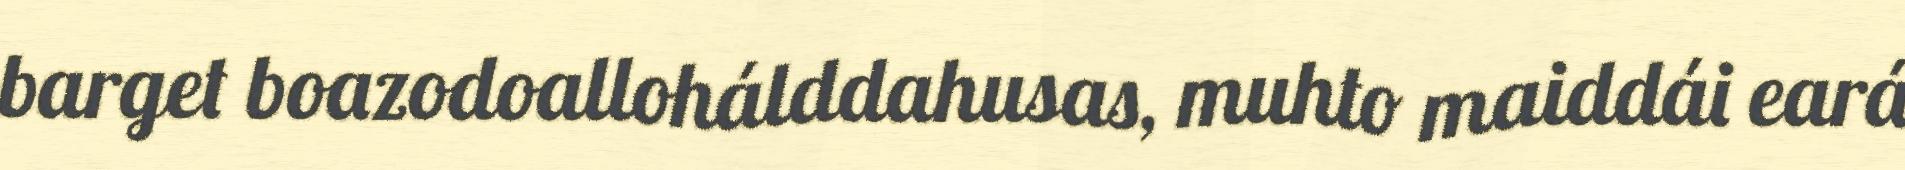
barget boazodoallohálddahusas, muhto maiddái eará